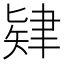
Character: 肄